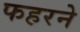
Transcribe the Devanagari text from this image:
फहरने